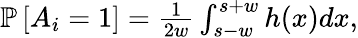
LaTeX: \begin{array}{r}{\mathbb{P}\left[A_{i}=1\right]=\frac{1}{2w}\int_{s-w}^{s+w}h(x)dx,}\end{array}